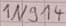
Text: 1N914